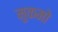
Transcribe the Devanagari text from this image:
मुकमो